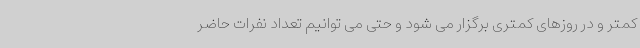
کمتر و در روزهای کمتری برگزار می شود و حتی می توانیم تعداد نفرات حاضر